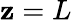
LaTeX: \mathbf{z}=L